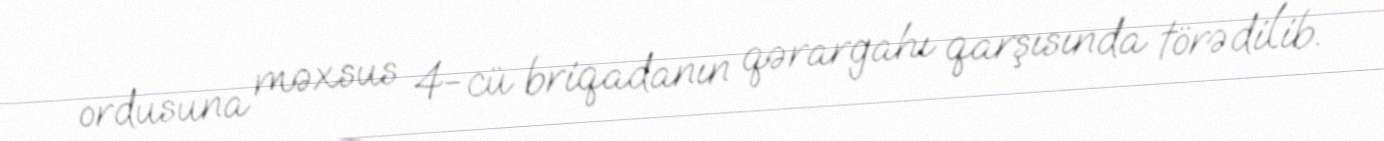
ordusuna məxsus 4-cü briqadanın qərargahı qarşısında törədilib.